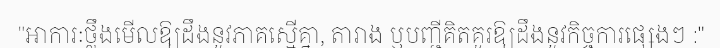
"អាការៈថ្លឹងមើលឱ្យដឹងនូវភាគស្មើគ្នា, តារាង ឬបញ្ជីគិតគូរឱ្យដឹងនូវកិច្ចការផ្សេងៗ :"